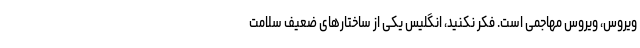
ویروس، ویروس مهاجمی است. فکر نکنید، انگلیس یکی از ساختارهای ضعیف سلامت